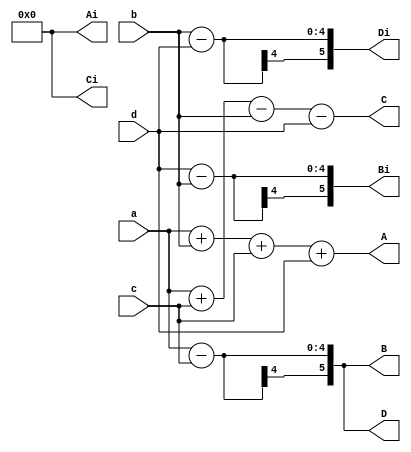
module four_fft(a,b,c,d,A,Ai,B,Bi,C,Ci,D,Di);
input [3:0] a,b,c,d;
output [5:0] A,Ai,B,Bi,C,Ci,D,Di;

assign A = a+b+c+d;
assign Ai =0;
assign B =a-c;
assign Bi =d-b;
assign C= a+c-b-d;
assign Ci=0;
assign D= a-c;
assign Di= b-d;

endmodule